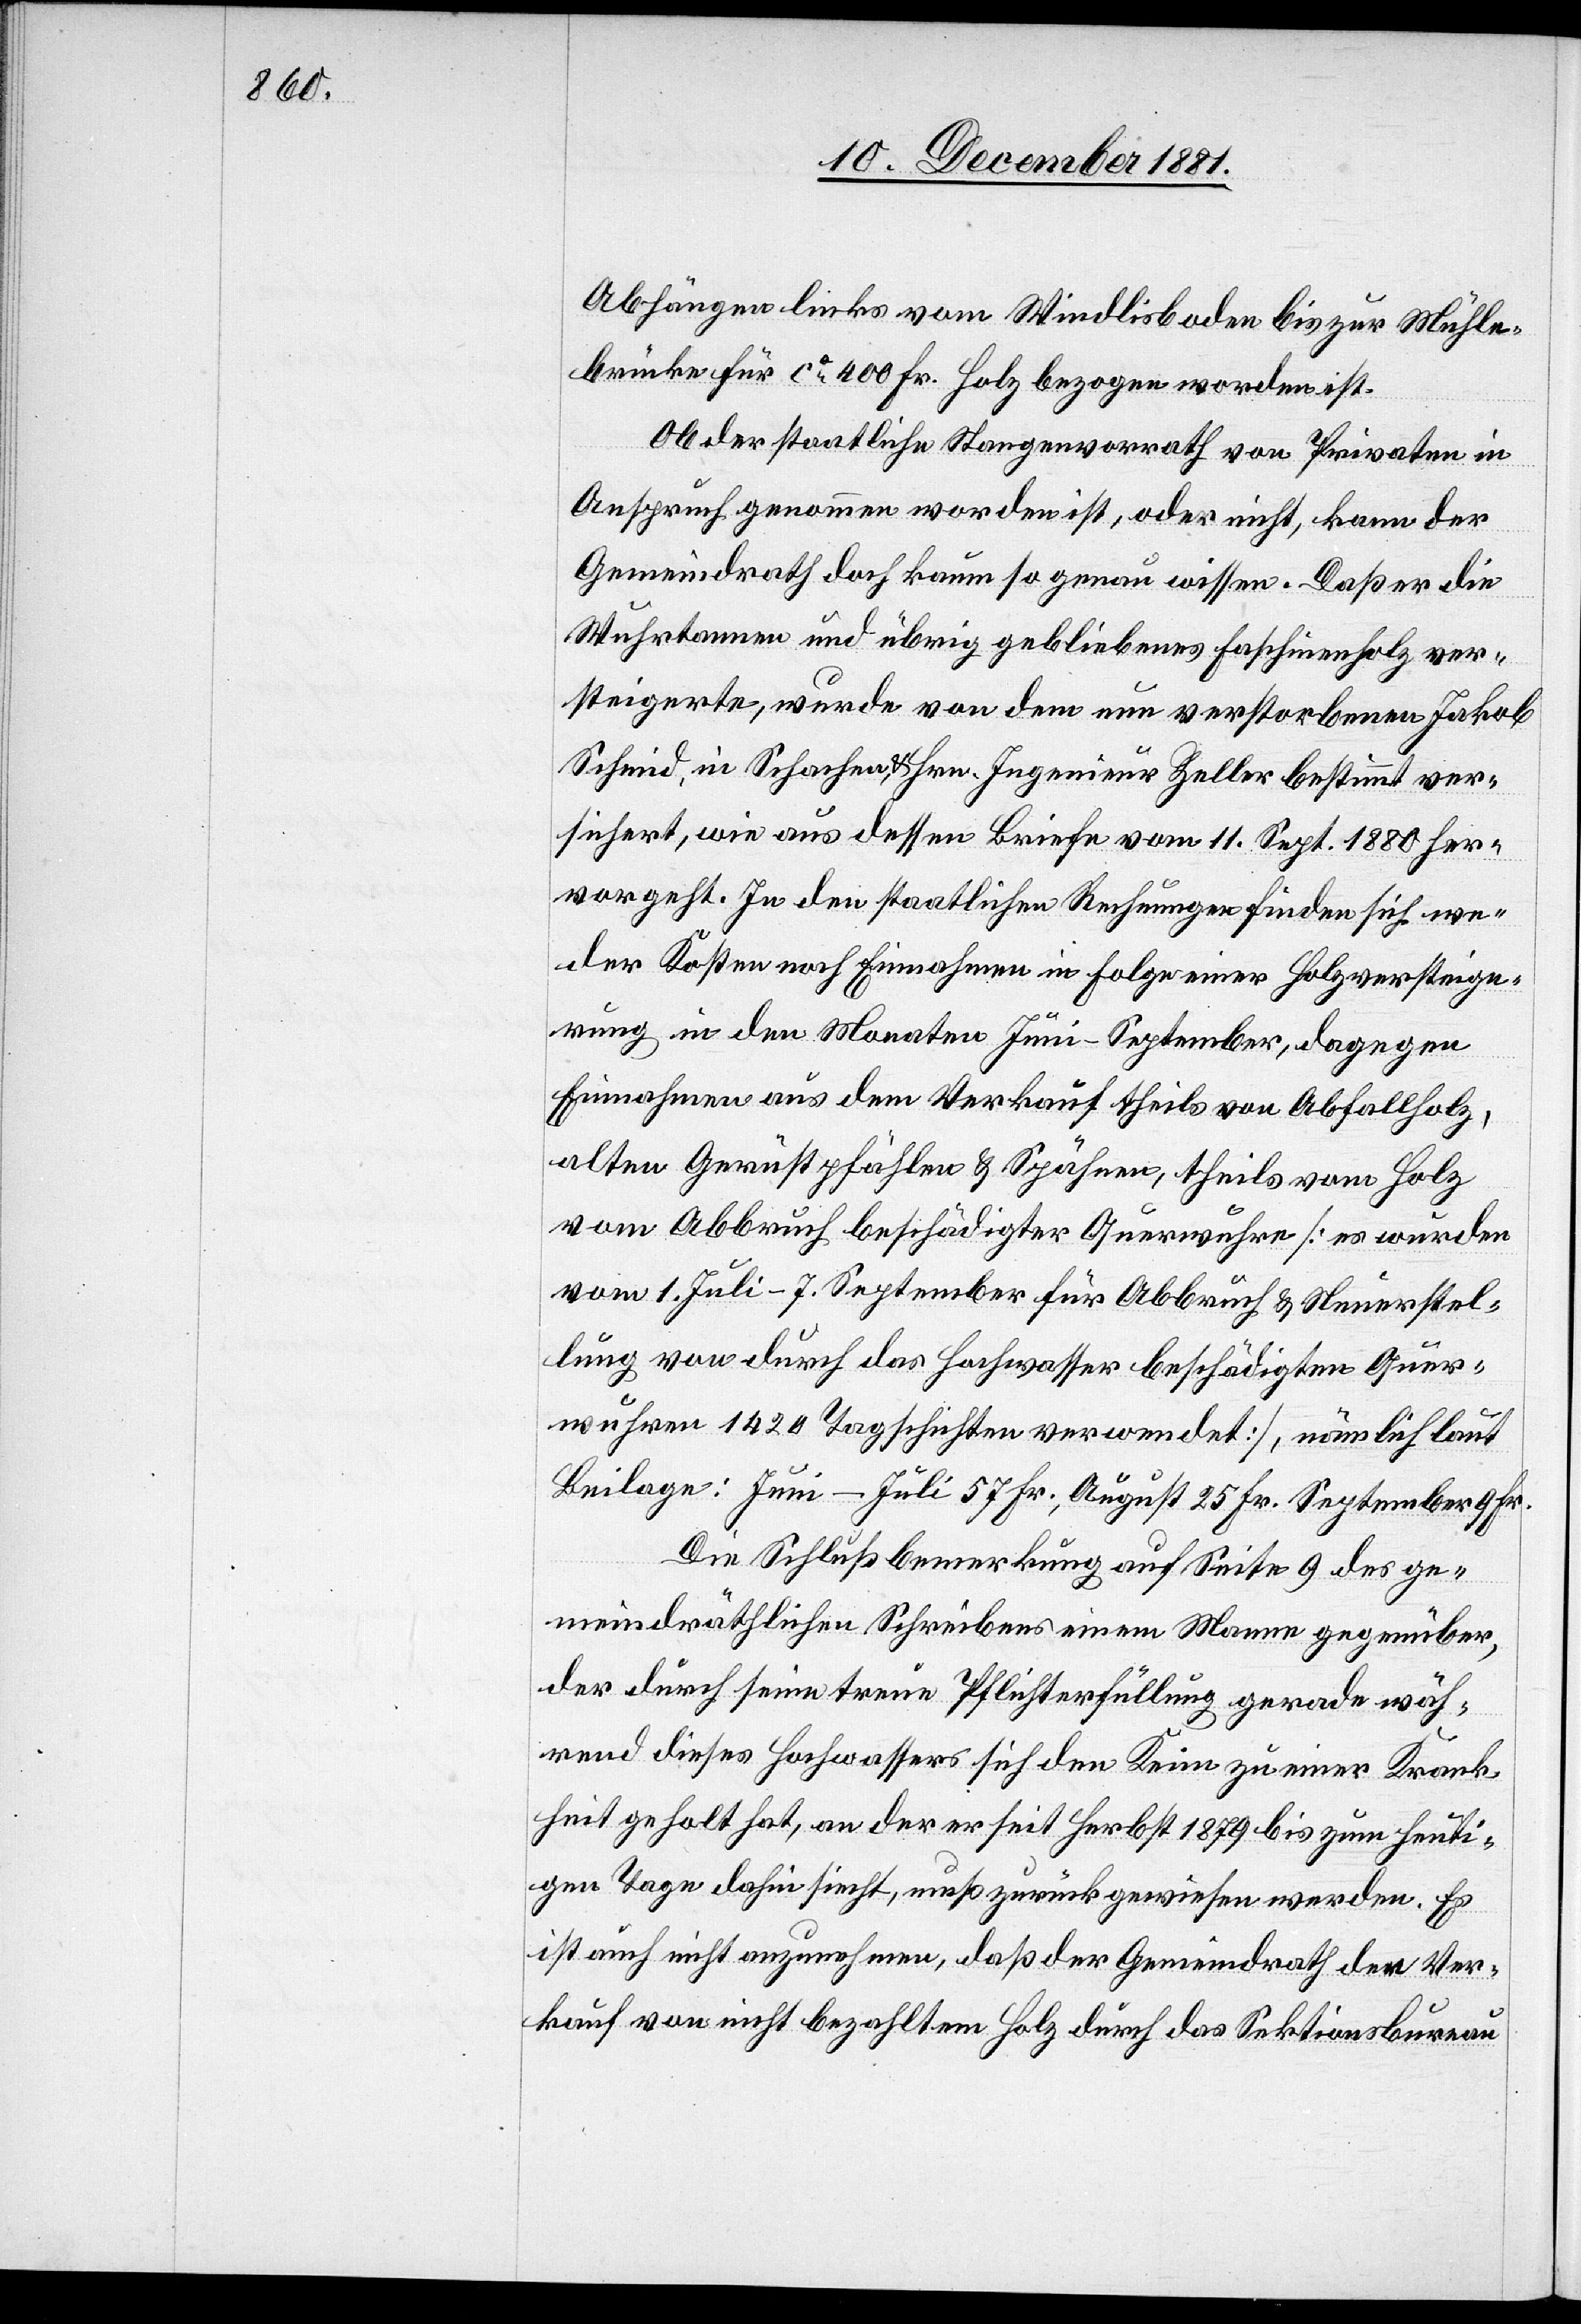
Abhängen links vom Windlisboden bis zur Mühle¬
brücke für ca 400 Fr. Holz bezogen worden ist.
Ob der staatliche Stangenvorrath von Privaten in
Anspruch genommen worden ist, oder nicht, kann der
Gemeindrath doch kaum so genau wissen. Daß er die
Wuhrtannen und übrig gebliebenes Faschinenholz ver¬
steigerte, wurde von dem nun verstorbenen Jakob
Schmid, in Schachen, & Hrn. Ingenieur Zeller bestimmt ver¬
sichert, wie aus dessen Briefe vom 11. Sept. 1880 her¬
vorgeht. In den staatlichen Rechnungen finden sich we¬
der Kosten noch Einnahmen in Folge einer Holzversteige¬
rung in den Monaten Juni–September, dagegen
Einnahmen aus dem Verkauf theils von Abfallholz,
alten Gerüstpfählen & Spähnen, theils vom Holz
vom Abbruch beschädigte Querwuhre [es wurden
vom 1. Juli–7. September für Abbruch & Neuerstel¬
lung von durch das Hochwasser beschädigten Quer¬
wuhren 1420 Tagschichten verwendet], nämlich laut
Beilage: Juni–Juli 57 Fr., August 25 Fr., September 9 Fr.
Die Schlußbemerkung auf Seite 9 des ge¬
meindräthlichen Schreibens einem Manne gegenüber,
der durch seine treue Pflichterfüllung gerade wäh¬
rend dieses Hochwassers sich den Keim zu einer Krank¬
heit geholt hat, an der er seit Herbst 1879 bis zum heuti¬
gen Tage dahin siecht, muß zurückgewiesen werden. Es
ist auch nicht anzunehmen, daß der Gemeindrath den Ver¬
kauf von nicht bezahltem Holz durch das Sektionsbureau